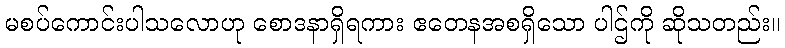
မစပ်ကောင်းပါသလောဟု စောဒနာရှိရကား ဧတေနအစရှိသော ပါဌ်ကို ဆိုသတည်း။